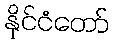
နိုင်ငံတော်